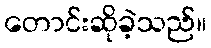
တောင်းဆိုခဲ့သည်။